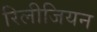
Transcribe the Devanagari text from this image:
रिलीजियन